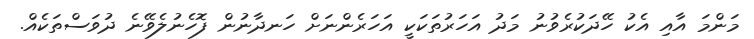
މަންމަ އާއި އެކު ހޭދަކުރެވުނު މަދު އަހަރުތަކަކީ އަހަރެންނަށް ހަނދާނުން ފޮހެނުލެވޭނެ ދުވަސްތަކެއް.